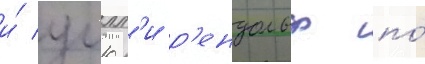
и́ уилл'и р'ендольф по́